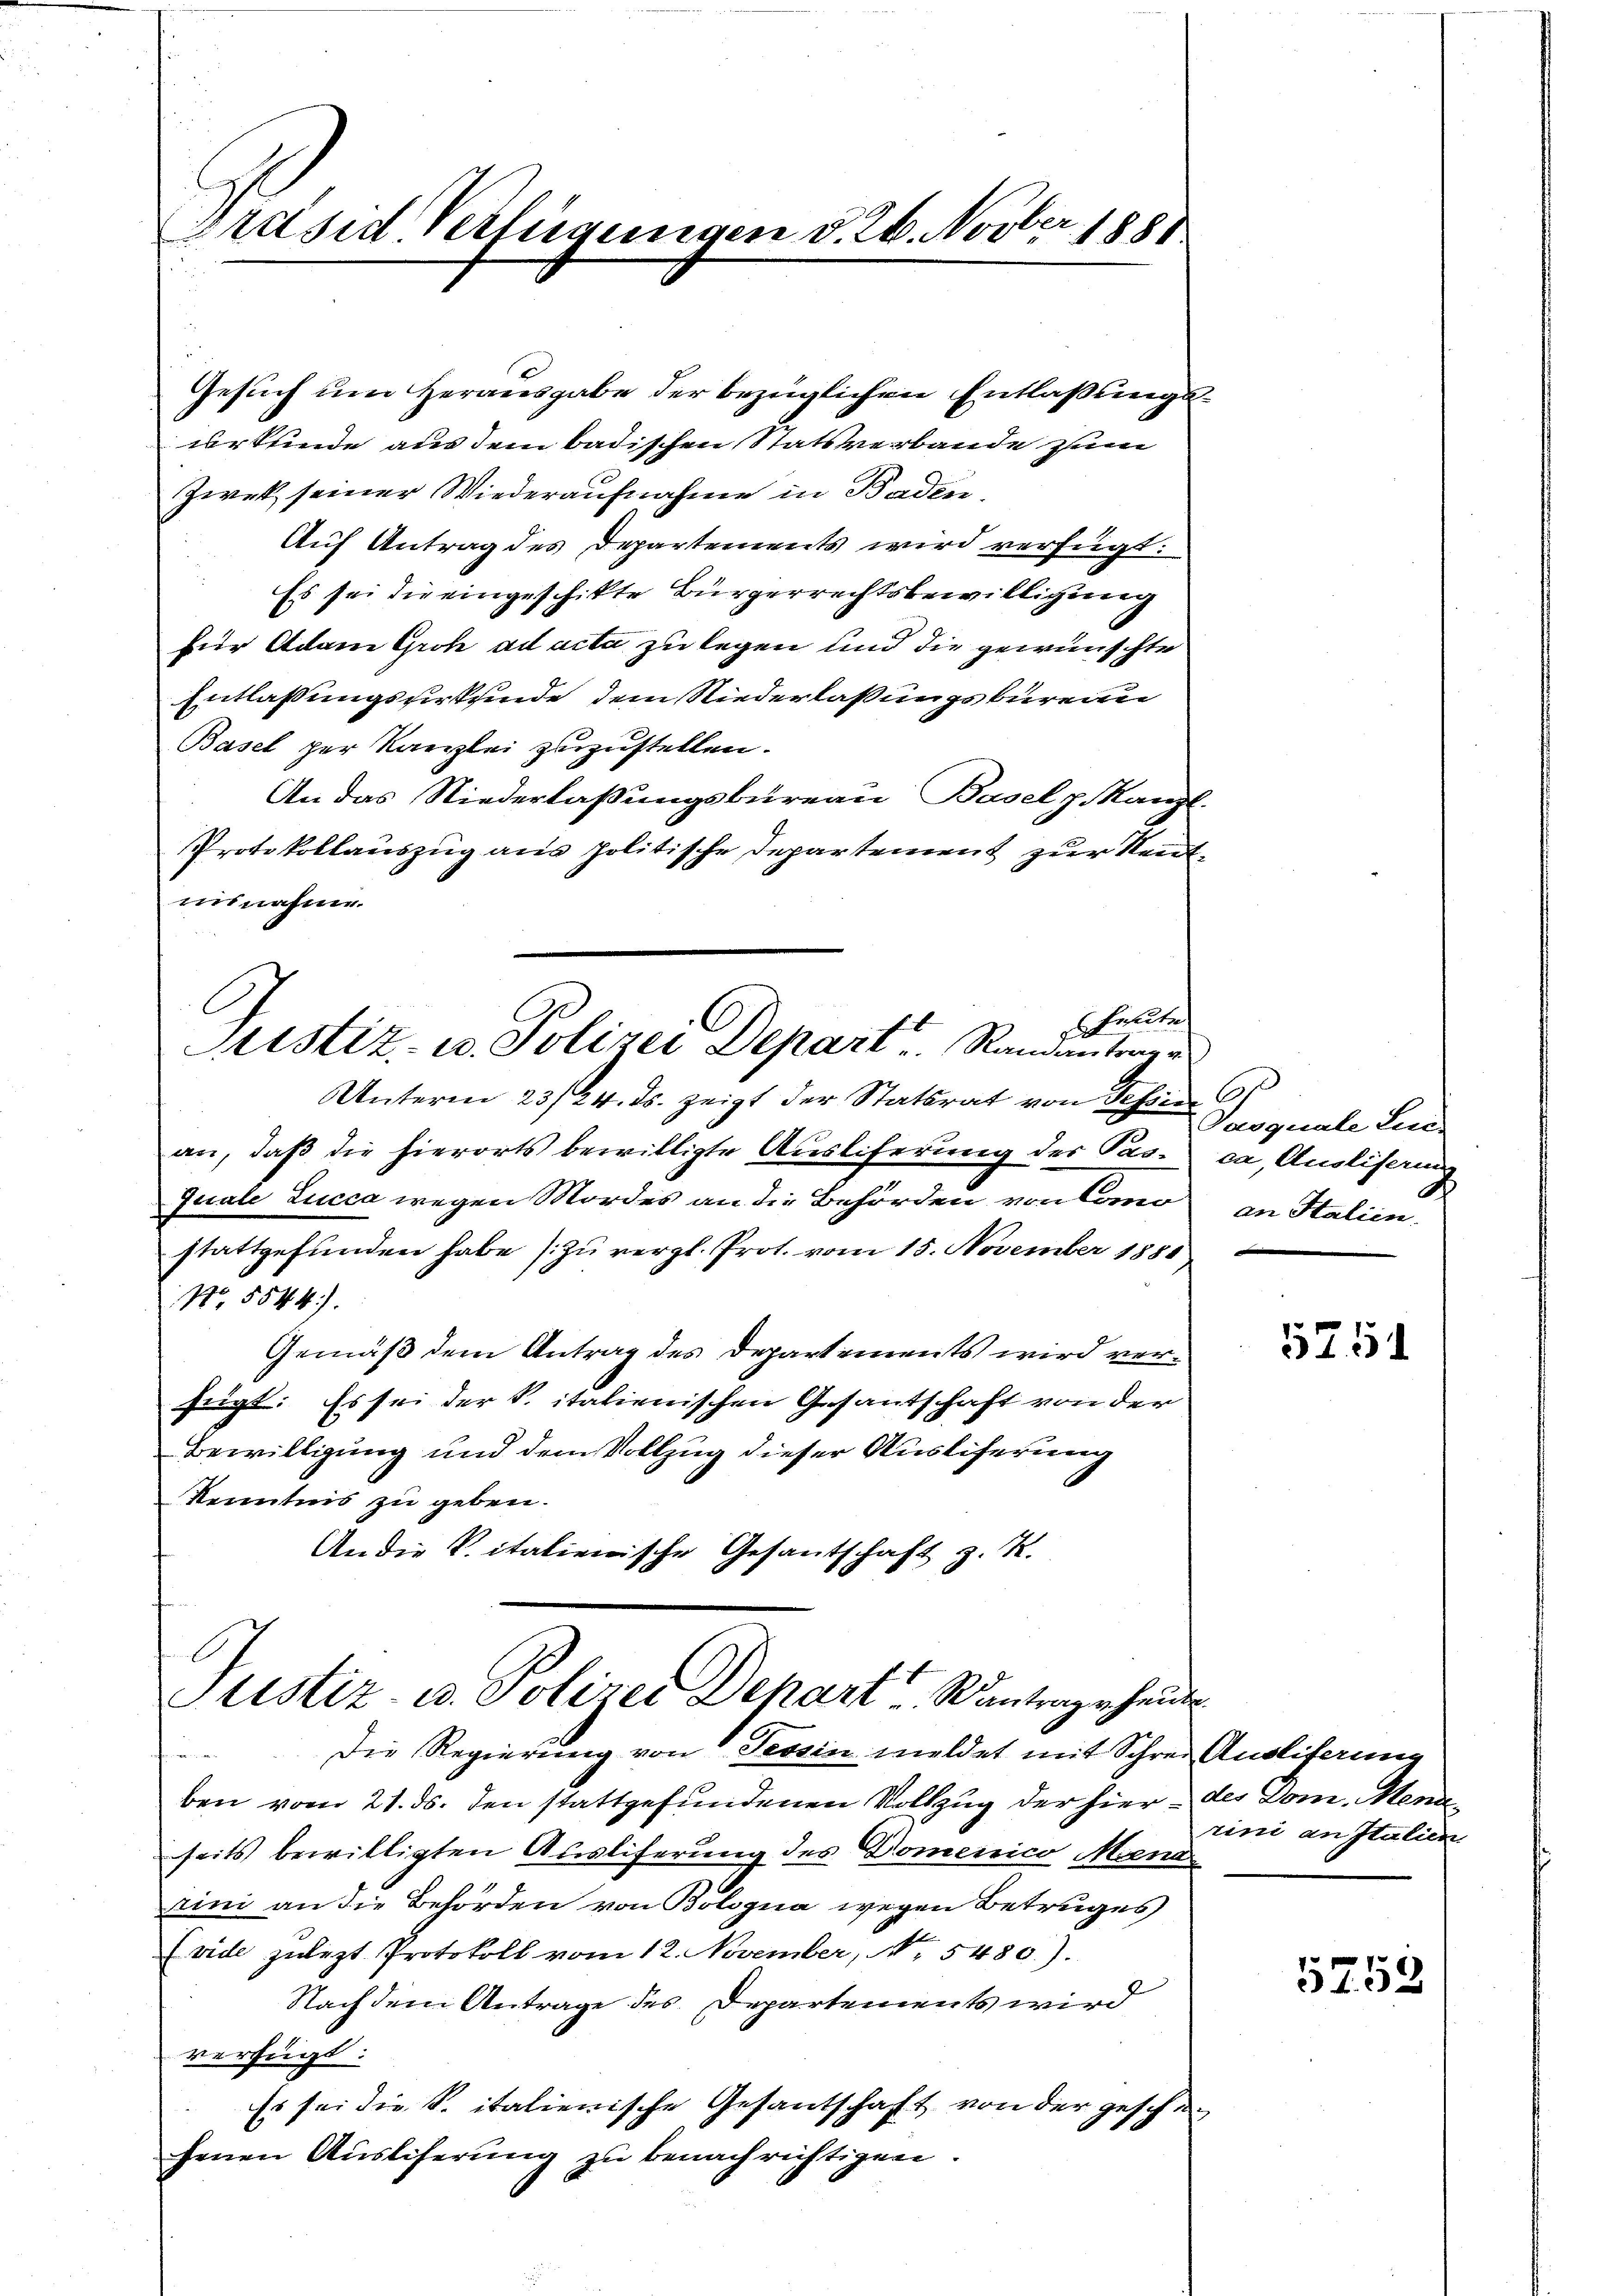
Präsid. Verfügungen d. 26. Novber 1888

Gesuch um Herausgabe der bezüglichen Entlaßungsurkunde aus dem badischen Statsverbande zum
Zwek seiner Wiederaufnahme in Baden.
Auf Antrag des Departements wird verfügt:
Es sei die eingeschikte Bürgerrechtsbewilligung
für Adam Groh ad acta zu legen und die gewünschte
Entlaßungsurkunde dem Niederlaßungsburea
Basel per Kanzlei zuzustellen.
An das Niederlaßungsbureau, Baselp. Kanzl.
Protokollauszug aus politische Departement zur Rentuunahme.
 halten
Sistiz- u. Polizei Depart Randantrage
Unterm 23/24. ds. zeigt der Statsrat von Schin
an, daß die hierorts bewilligte Ausliferung der Pas-
Quale Lucca wegen Mordes an die Behörden von Commo
stattgefunden habe zu vergl. Prot. vom 15. November 1888
N 5544).
Gemäß dem Antrag des Departements wird verfügt: Es sei der S. italienischen Gesantschaft von der
Bewilligung und dem Vollzug dieser Ausliferung
Kenntnis zu geben.
An die Vitalienische Gesantschaft z. R.

Justiz- u. Polizei Depart antrage heute.

Die Regierung von Tessin meldet mit Schrei Auslieferung
n
ben vom 21. ds. den stattgefundenen Vollzug der hier - des Dom. Mena
seits bewilligten Ausliferung des Domenico Mena
rini an die Behörden von Bologna wegen Betruges
Evide zulezt Protokoll vom 12. November, No. 5480).
Nachdem Antrage des Departements wird
verfügt:
Es sei die S. italienische Gesantschaft von der geschefenen Ausliferung zu benachrichtigen.

2

Pasquale Lei
ca, Ausliserung
an Stalien.

5751

rini an Italien

5758